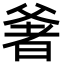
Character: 㸙